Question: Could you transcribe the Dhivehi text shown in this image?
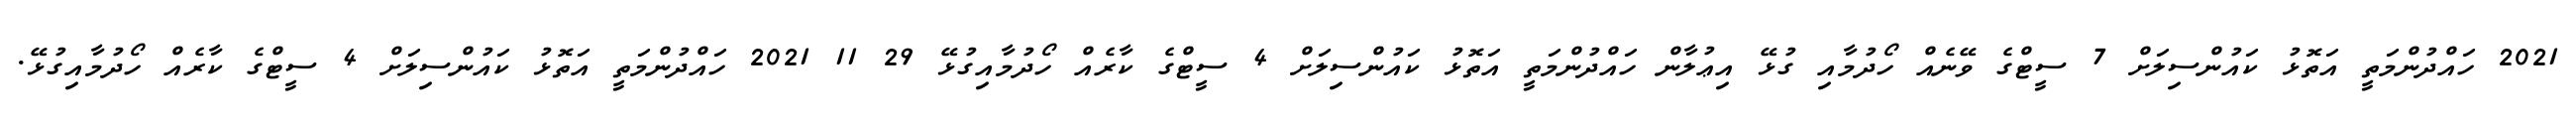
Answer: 2021 ހައްދުންމަތީ އަތޮޅު ކައުންސިލަށް 7 ސީޓްގެ ވޭނެއް ހޯދުމާއި ގުޅޭ އިޢުލާން ހައްދުންމަތީ އަތޮޅު ކައުންސިލަށް 4 ސީޓްގެ ކާރެއް ހޯދުމާއިގުޅޭ 29 11 2021 ހައްދުންމަތީ އަތޮޅު ކައުންސިލަށް 4 ސީޓްގެ ކާރެއް ހޯދުމާއިގުޅޭ.